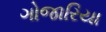
ગોજારિયા